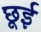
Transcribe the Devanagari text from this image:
छूई